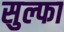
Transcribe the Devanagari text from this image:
सुल्फा